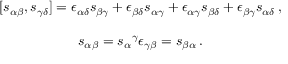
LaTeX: \begin{array} { c } { { [ s _ { \alpha \beta } , s _ { \gamma \delta } ] = \epsilon _ { \alpha \delta } s _ { \beta \gamma } + \epsilon _ { \beta \delta } s _ { \alpha \gamma } + \epsilon _ { \alpha \gamma } s _ { \beta \delta } + \epsilon _ { \beta \gamma } s _ { \alpha \delta } \, , } } \\ { { { } } } \\ { { s _ { \alpha \beta } = s _ { \alpha } { } ^ { \gamma } \epsilon _ { \gamma \beta } = s _ { \beta \alpha } \, . } } \end{array}